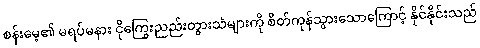
စန်းမေ့၏ မရပ်မနား ငိုကြွေးညည်းတွားသံများကို စိတ်ကုန်သွားသောကြောင့် နိုင်နိုင်းသည်